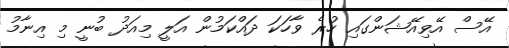
އޭސް އޭވިއޭޝަންގައި ހުރެ ވާހަކަ ދައްކަމުން އަލީ މިއަދު ބުނީ މި އިނާމު